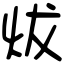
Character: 炦